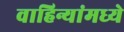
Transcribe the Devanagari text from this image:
वाहिन्यांमध्ये